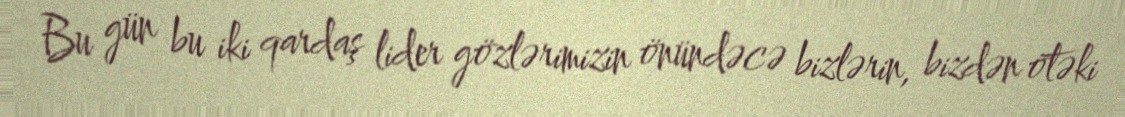
Bu gün bu iki qardaş lider gözlərimizin önündəcə bizlərin, bizdən ötəki